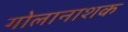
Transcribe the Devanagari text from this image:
गोलानाशक